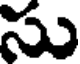
సు